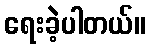
ရေးခဲ့ပါတယ်။